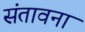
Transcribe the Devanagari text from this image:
संतावना